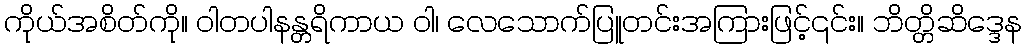
ကိုယ်အစိတ်ကို။ ဝါတပါနန္တရိကာယ ဝါ၊ လေသောက်ပြူတင်းအကြားဖြင့်၎င်း။ ဘိတ္တိဆိဒ္ဒေန